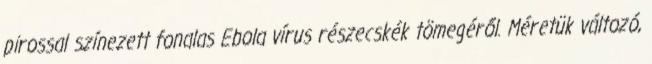
pirossal színezett fonalas Ebola vírus részecskék tömegéről. Méretük változó,